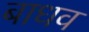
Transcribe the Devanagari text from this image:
बाधव